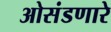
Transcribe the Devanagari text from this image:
ओसंडणारे